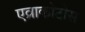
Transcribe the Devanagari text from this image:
एव्राकोटोस